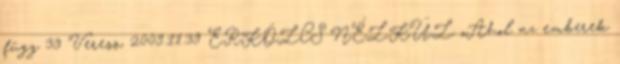
függ 39 Veress, 2009.11.39 ERKÖLCS NÉLKÜL „Ahol az emberek